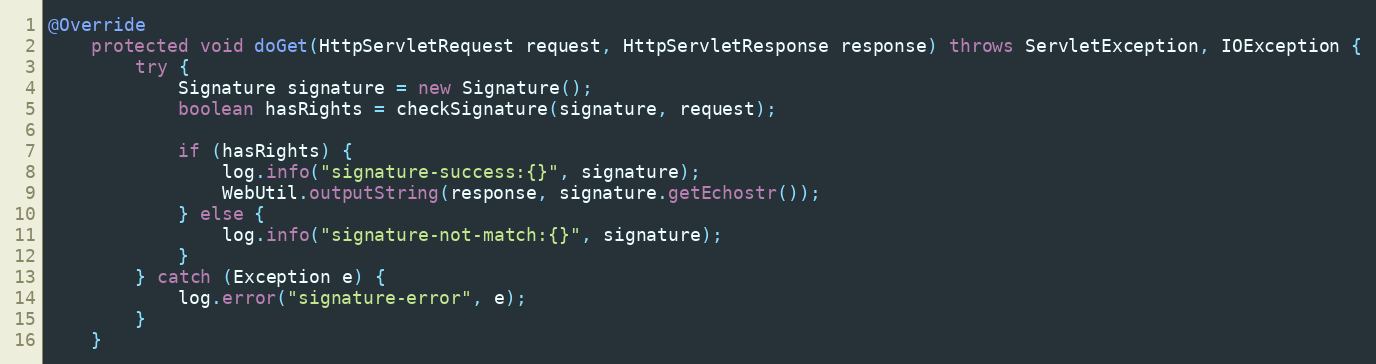
Language: Java
@Override
    protected void doGet(HttpServletRequest request, HttpServletResponse response) throws ServletException, IOException {
        try {
            Signature signature = new Signature();
            boolean hasRights = checkSignature(signature, request);

            if (hasRights) {
                log.info("signature-success:{}", signature);
                WebUtil.outputString(response, signature.getEchostr());
            } else {
                log.info("signature-not-match:{}", signature);
            }
        } catch (Exception e) {
            log.error("signature-error", e);
        }
    }